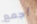
أجمع